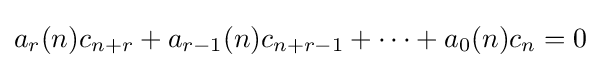
a_{r}(n)c_{n+r}+a_{r-1}(n)c_{n+r-1}+\cdots +a_{0}(n)c_{n}=0